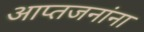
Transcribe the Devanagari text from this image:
आप्तजनांना